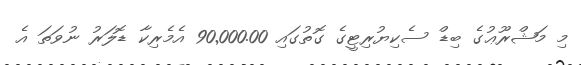
މި މަޝްރޫޢުގެ ބިޑް ސެކިޔުރިޓީގެ ގޮތުގައި 90